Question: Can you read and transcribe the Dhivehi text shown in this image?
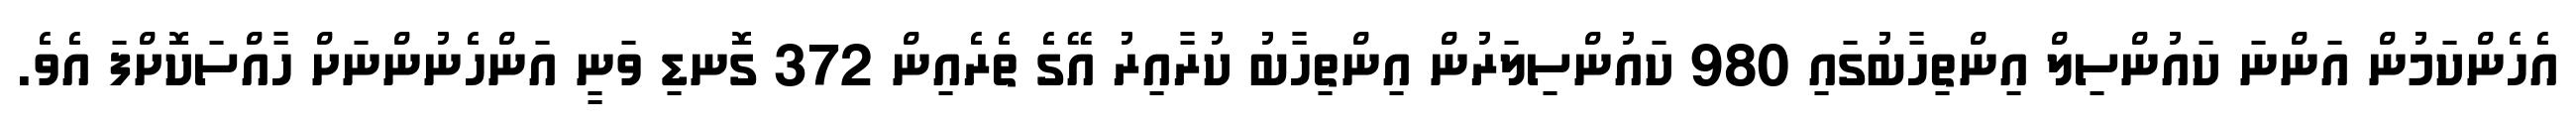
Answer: އެހެންކަމުން އަންނަ ކައުންސިލް އިންތިހާބުގައި 980 ކައުންސިލަރުން އިންތިހާބު ކުރާއިރު އޭގެ ތެރެއިން 372 ގޮނޑި ވަނީ އަންހެނުންނަށް ހާއްސަކޮށްފަ އެވެ.